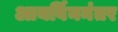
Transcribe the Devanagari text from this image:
आयर्विननंतर